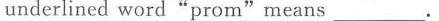
underlined word"pro m"means ___.